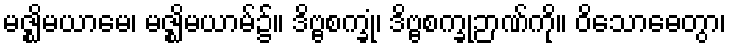
မဇ္ဈိမယာမေ၊ မဇ္ဈိမယာမ်၌။ ဒိဗ္ဗစက္ခုံ၊ ဒိဗ္ဗစက္ခုဉာဏ်ကို။ ဝိသောဓေတွာ၊